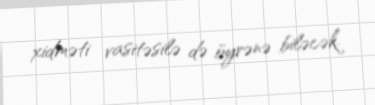
xidməti vasitəsilə də öyrənə biləcək.